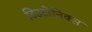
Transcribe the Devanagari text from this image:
टिउटोनिक्स